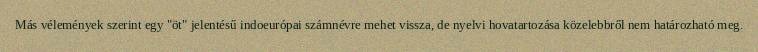
Más vélemények szerint egy "öt" jelentésű indoeurópai számnévre mehet vissza, de nyelvi hovatartozása közelebbről nem határozható meg.